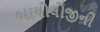
બાયોલોજીની